Vabadussoja_Ajaloo_Komitee, lk 4
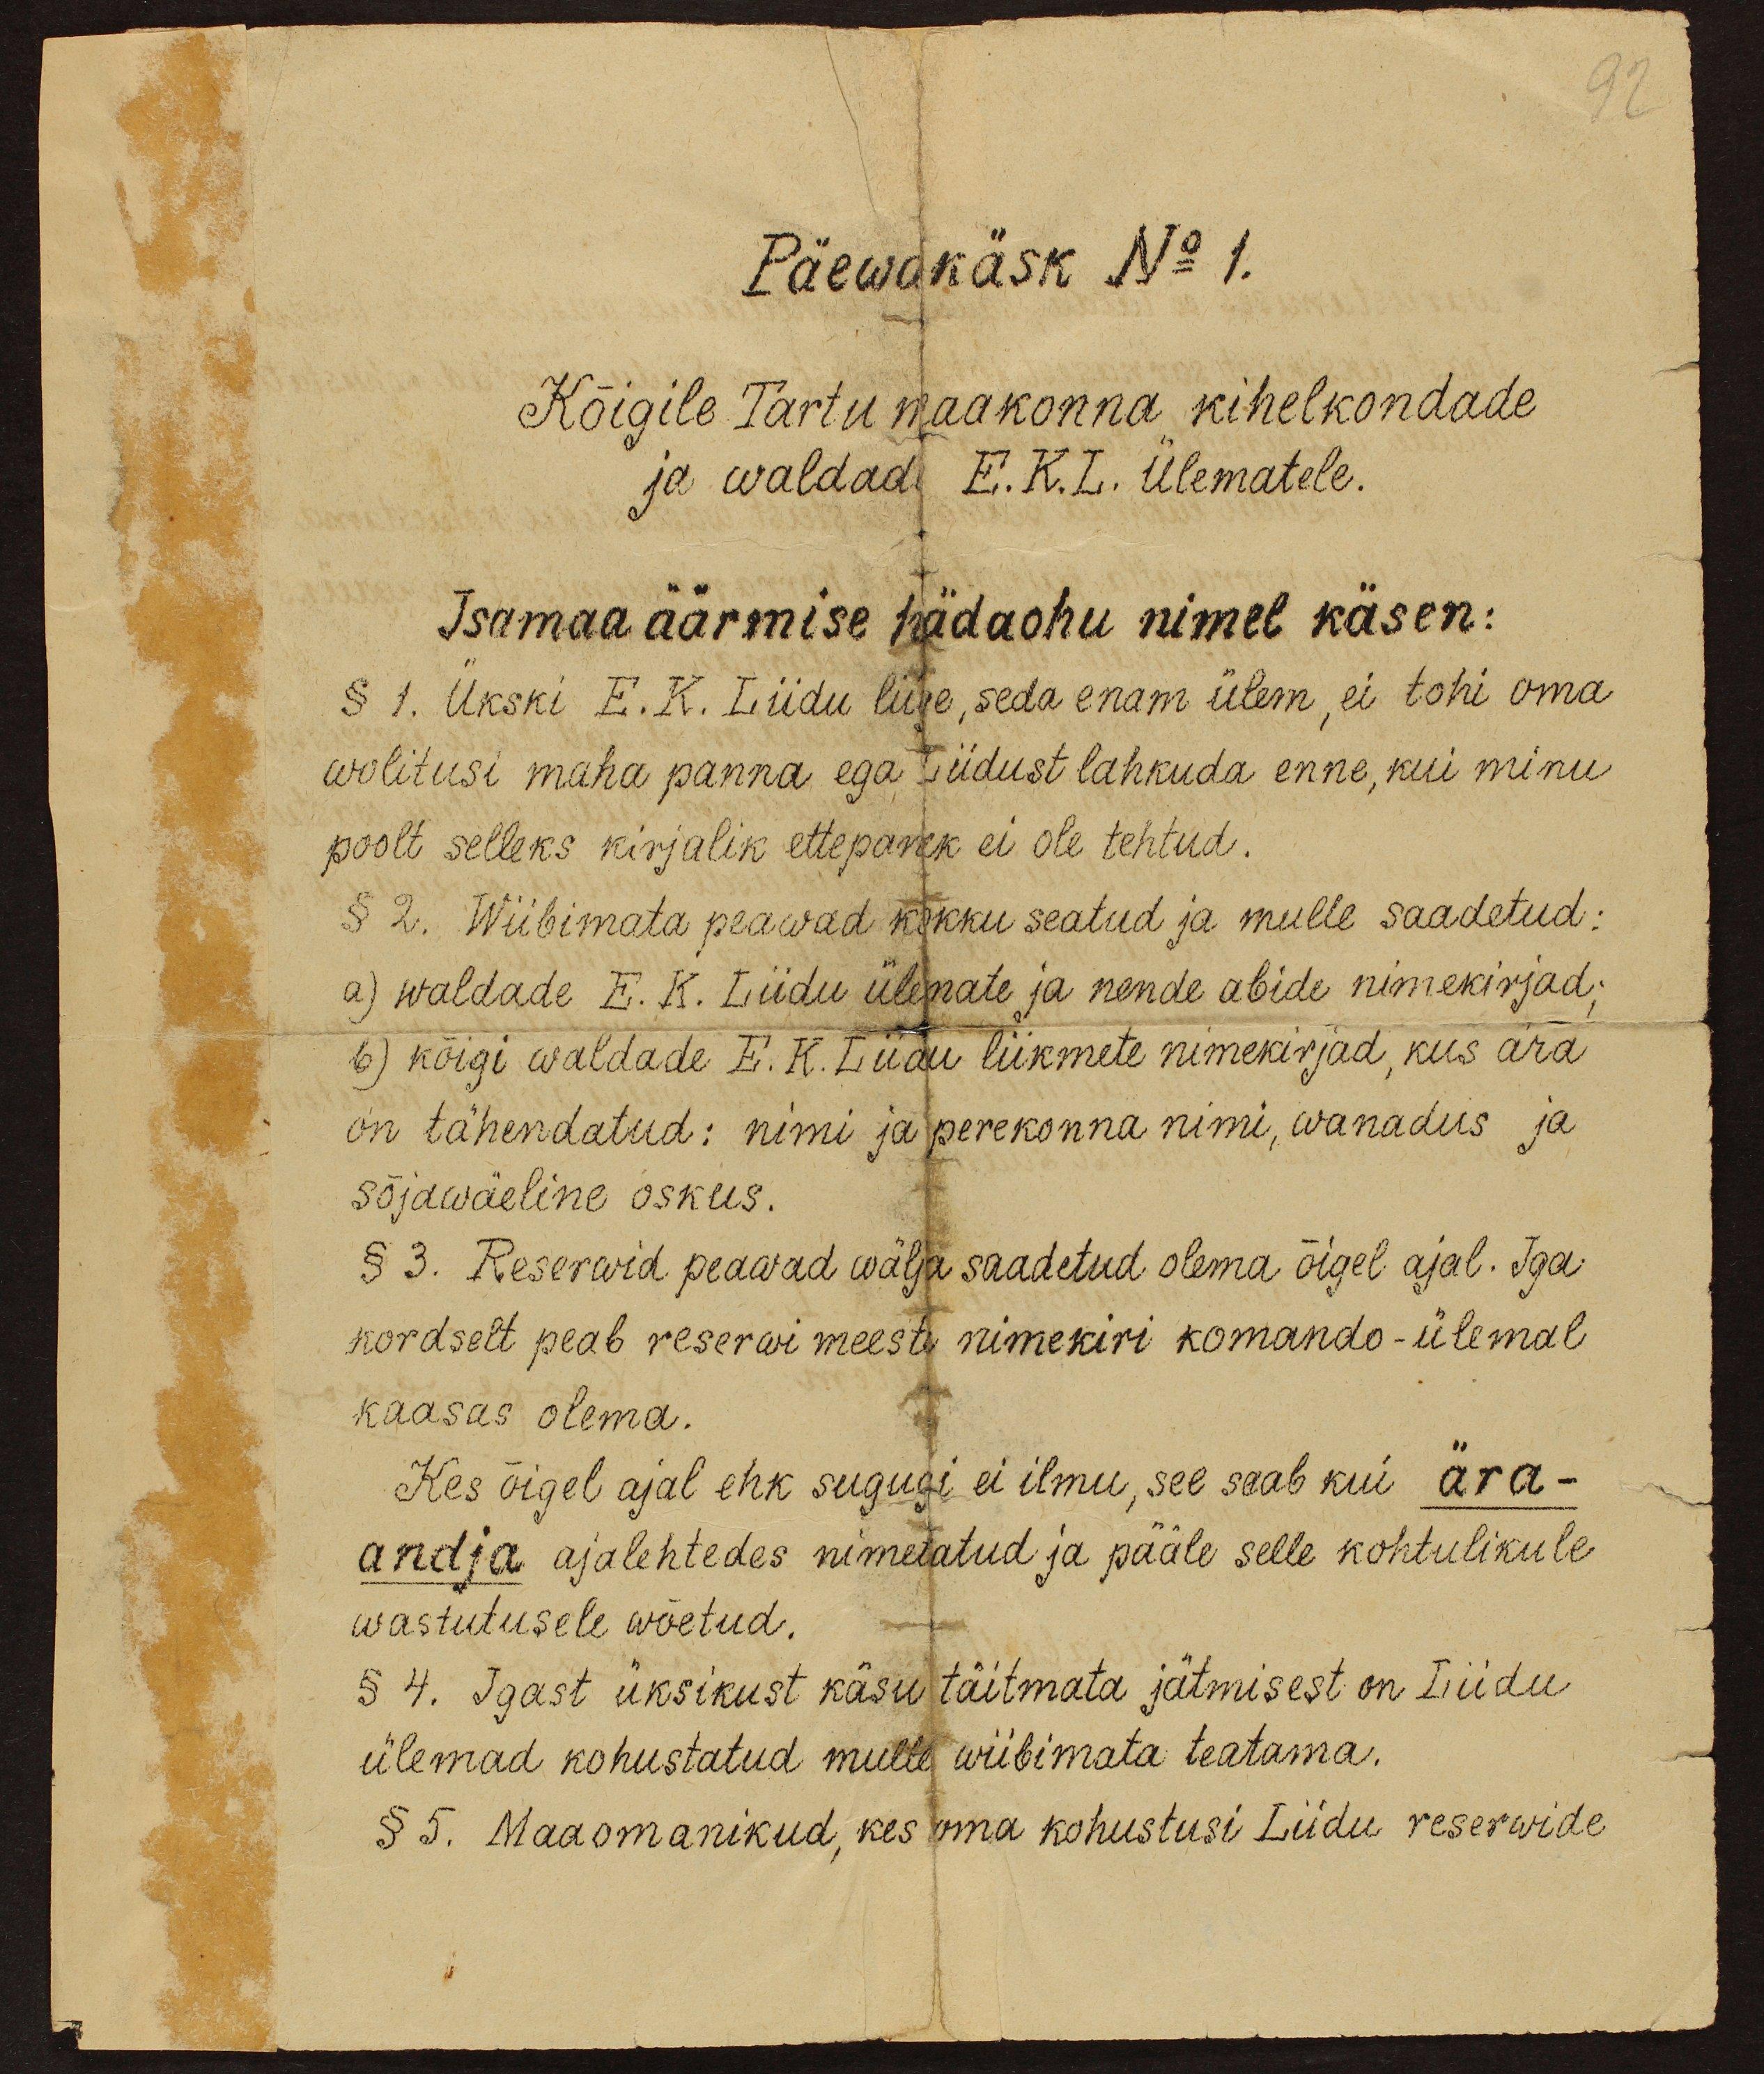
92

Päewakäsk No 1.
Kõigile Tartu maakonna kihelkondade
ja waldad E.K.L. Ülematele.
Isamaa äärmise hädaohu nimel käsen:
§ 1. Ükski E.K. Liidu liige, seda enam ülem, ei tohi oma
wolitusi maha panna ega Liidust lahkuda enne, kui minu
poolt selleks kirjalik ettepanek ei ole tehtud.
§ 2. Wiibimata peawad kokku seatud ja mulle saadetud:
a) waldade E. K. Liidu ülemate ja nende abide nimekirjad;
b) kõigi waldade E. K. Liidu liikmete nimekirjad, kus ära
on tähendatud: nimi ja perekonna nimi, wanadus ja
sõjawäeline oskus.
§ 3. Reserwid peawad wälja saadetud olema õigel ajal. Iga
kordselt peab reserwi meeste nimekiri komando-ülemal
kaasas olema.
Kes õigel ajal ehk sugugi ei ilmu, see saab kui ära-
andja ajalehtedes nimetatud ja pääle selle kohtulikule
wastutusele wõetud.
§ 4. Igast üksikust käsu täitmata jätmisest on Liidu
ülemad kohustatud mulle wiibimata teatama.
§ 5. Maaomanikud, kes oma kohustusi Liidu reserwide